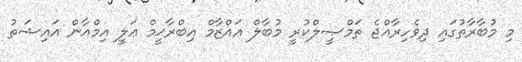
މި މުބާރާތުގައި ދިވެހިރާއްޖެ ތަމްޞީލްކުރީ މުބާލް ޢައްޒާމް އިބްރާޙީމް ޢަލީ އިމްއާން އައިޝަތު